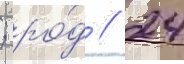
; ро́д // 24